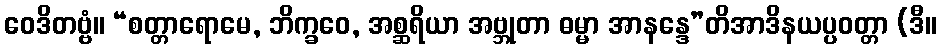
ဝေဒိတဗ္ဗံ။ “စတ္တာရောမေ, ဘိက္ခဝေ, အစ္ဆရိယာ အဗ္ဘုတာ ဓမ္မာ အာနန္ဒေ”တိအာဒိနယပ္ပဝတ္တာ (ဒီ။